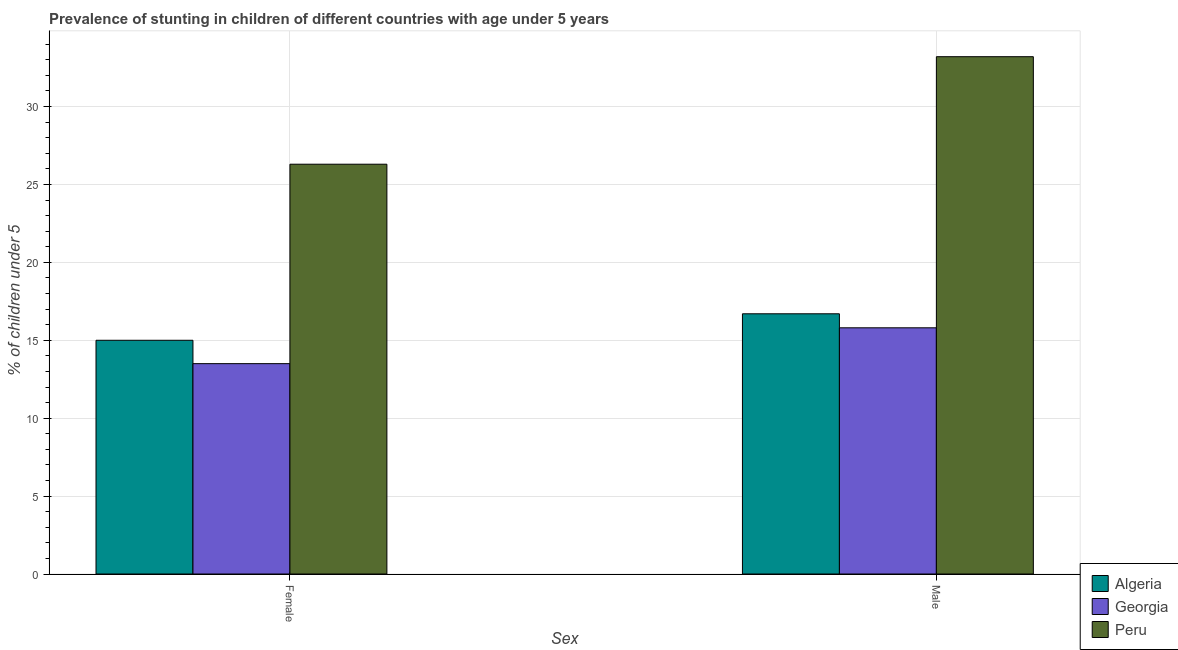
| Sex | Algeria | Georgia | Peru |
 | --- | --- | --- | --- |
 | Female | 15 | 13.5 | 26.3 |
 | Male | 16.7 | 15.8 | 33.2 |